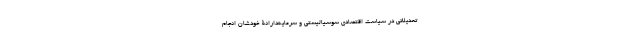
تعدیلاتی در سیاست اقتصادی سوسیالیستی و سرمایه‌دارانۀ خودشان انجام